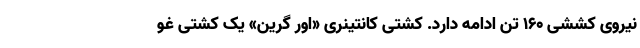
نیروی کششی ۱۶۰ تن ادامه دارد. کشتی کانتینری «اور گرین» یک کشتی غو